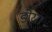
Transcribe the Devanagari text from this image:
डोरा।